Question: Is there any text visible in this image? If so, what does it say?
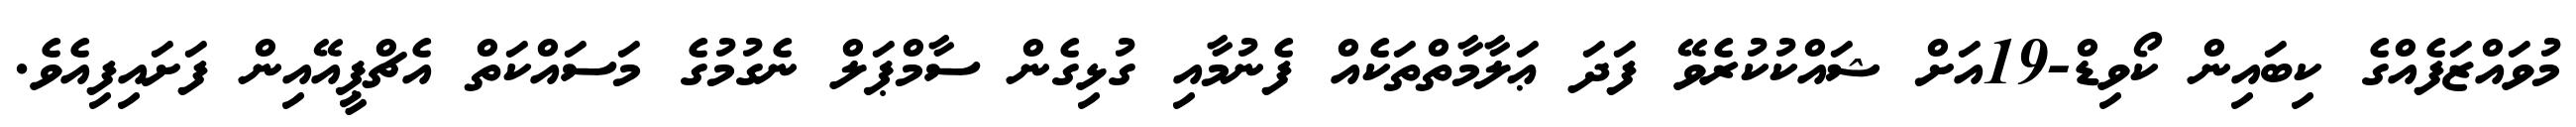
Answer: މުވައްޒަފެއްގެ ކިބައިން ކޯވިޑް-19އަށް ޝައްކުކުރެވޭ ފަދަ ޢަލާމާތްތަކެއް ފެނުމާއި ގުޅިގެން ސާމްޕަލް ނެގުމުގެ މަސައްކަތް އެޗްޕީއޭއިން ފަށައިފިއެވެ.